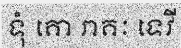
ទុំ គោ រាគៈ ទេវី